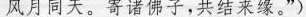
风月同天。寄诸佛子，共结来缘。”)